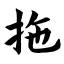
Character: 拖